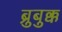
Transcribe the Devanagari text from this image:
ब्रुबुक्क